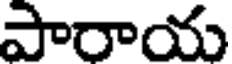
పారాయ